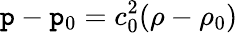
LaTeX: \mathtt{p}-\mathtt{p}_{0}=c_{0}^{2}(\rho-\rho_{0})